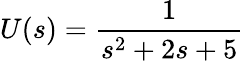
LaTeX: U(s)={\frac{1}{s^{2}+2s+5}}